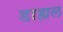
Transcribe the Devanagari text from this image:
डाह्यल